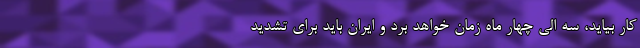
کار بیاید، سه الی چهار ماه زمان خواهد برد و ایران باید برای تشدید